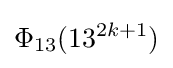
\Phi _{13}(13^{2k+1})